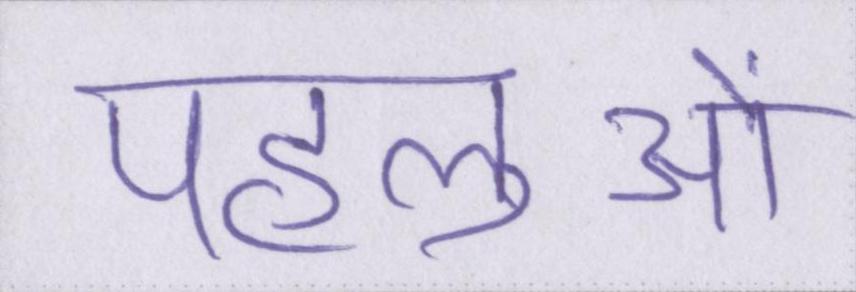
पहलुओं